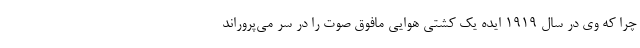
چرا که وی در سال ۱۹۱۹ ایده یک کشتی هوایی مافوق صوت را در سر می‌پروراند